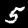
Label: 5